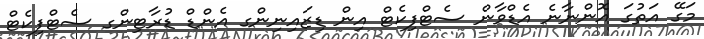
މަގޭ އަތުގަ އޮންނާނެ އެޑްވާން ސެޓްފިކެޓް އިން ޑިޒައިނިންގ އެންޑް ޑުރާޓިންގ ސެޓްފިކެޓް